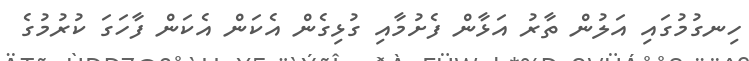
ހިނގުމުގައި އަލުން ތާރު އަޅާން ފެށުމާއި ގުޅިގެން އެކަން އެކަން ފާހަގަ ކުރުމުގެ